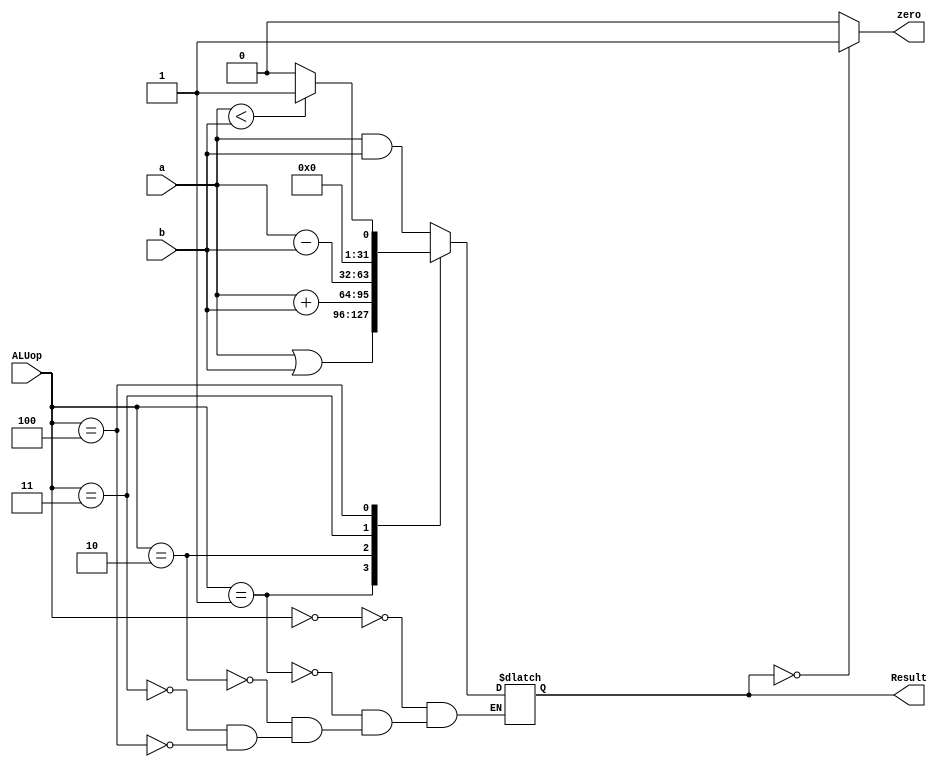
`timescale 1ps/1ps
module ALU(input [31:0] a, b, input [2:0] ALUop, output reg zero, output reg [31:0] Result);

initial begin
	zero = 1'b0;
end

//assign zero = (Result == 0) ? 1'b1 : 1'b0;
always@(Result)begin
	casex(Result)
	32'b0: zero <= 1'b1;
	default: zero <= 1'b0;
	endcase
end


always@(a or b or ALUop)
	begin
        	case (ALUop)
                	3'b000:  Result <= a & b;   // AND
                	3'b001:  Result <= a | b;   // OR
                	3'b010:  Result <= a +  b;    // addition
                	3'b011:  Result <= a - b;    // subtraction
			3'b100:  Result <= a < b ? 1 : 0; //set on lower than
                endcase
           end
endmodule